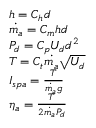
\begin{array} { r l } & { h = C _ { h } d } \\ & { \dot { m _ { a } } = C _ { m } h d } \\ & { P _ { d } = C _ { p } U _ { d } d ^ { 2 } } \\ & { T = C _ { t } \dot { m _ { a } } \sqrt { U _ { d } } } \\ & { I _ { s p a } = \frac { T } { \dot { m _ { a } } g } } \\ & { \eta _ { a } = \frac { T } { 2 \dot { m _ { a } } P _ { d } } } \end{array}